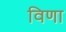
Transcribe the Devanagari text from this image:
विणा